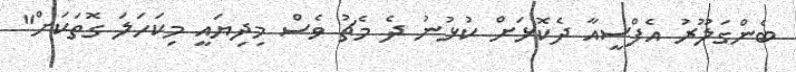
ބެންގަލޫރު އެފްސީއާ ދެކޮޅަށް ކުޅުނު ދެ މެޗު ވެސް މިދިޔައީ މިކަހަލަ ގޮތަކަށް"